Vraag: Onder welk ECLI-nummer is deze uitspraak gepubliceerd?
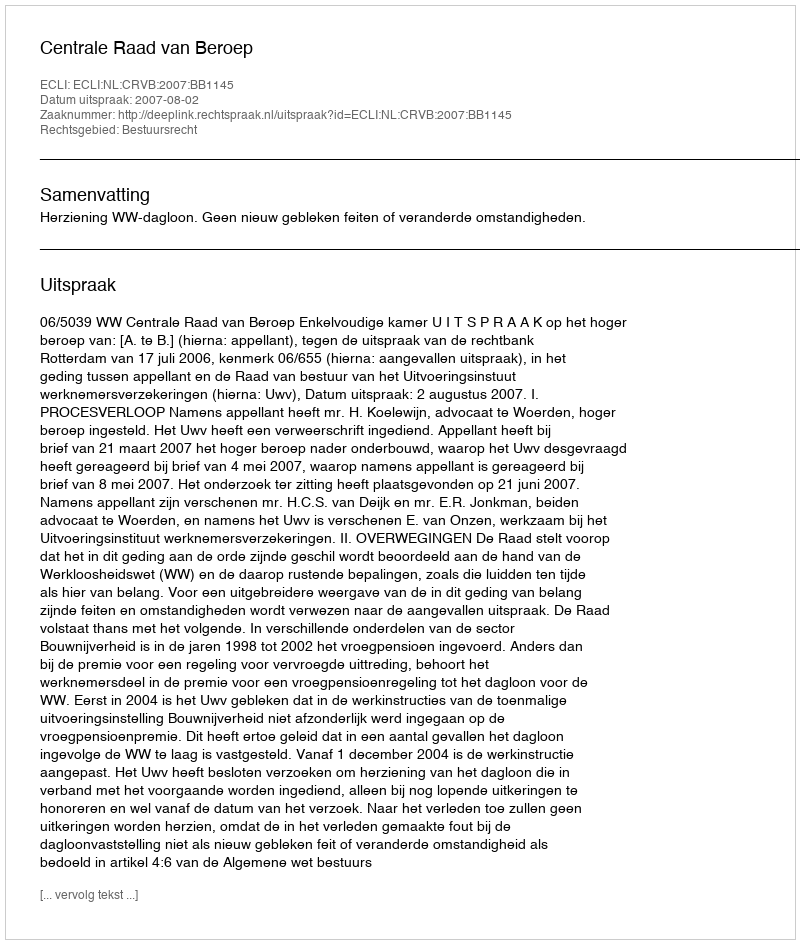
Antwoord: ECLI:NL:CRVB:2007:BB1145